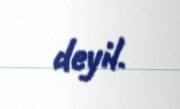
deyil.